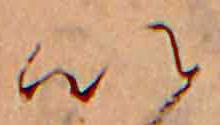
い